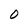
Character: 0